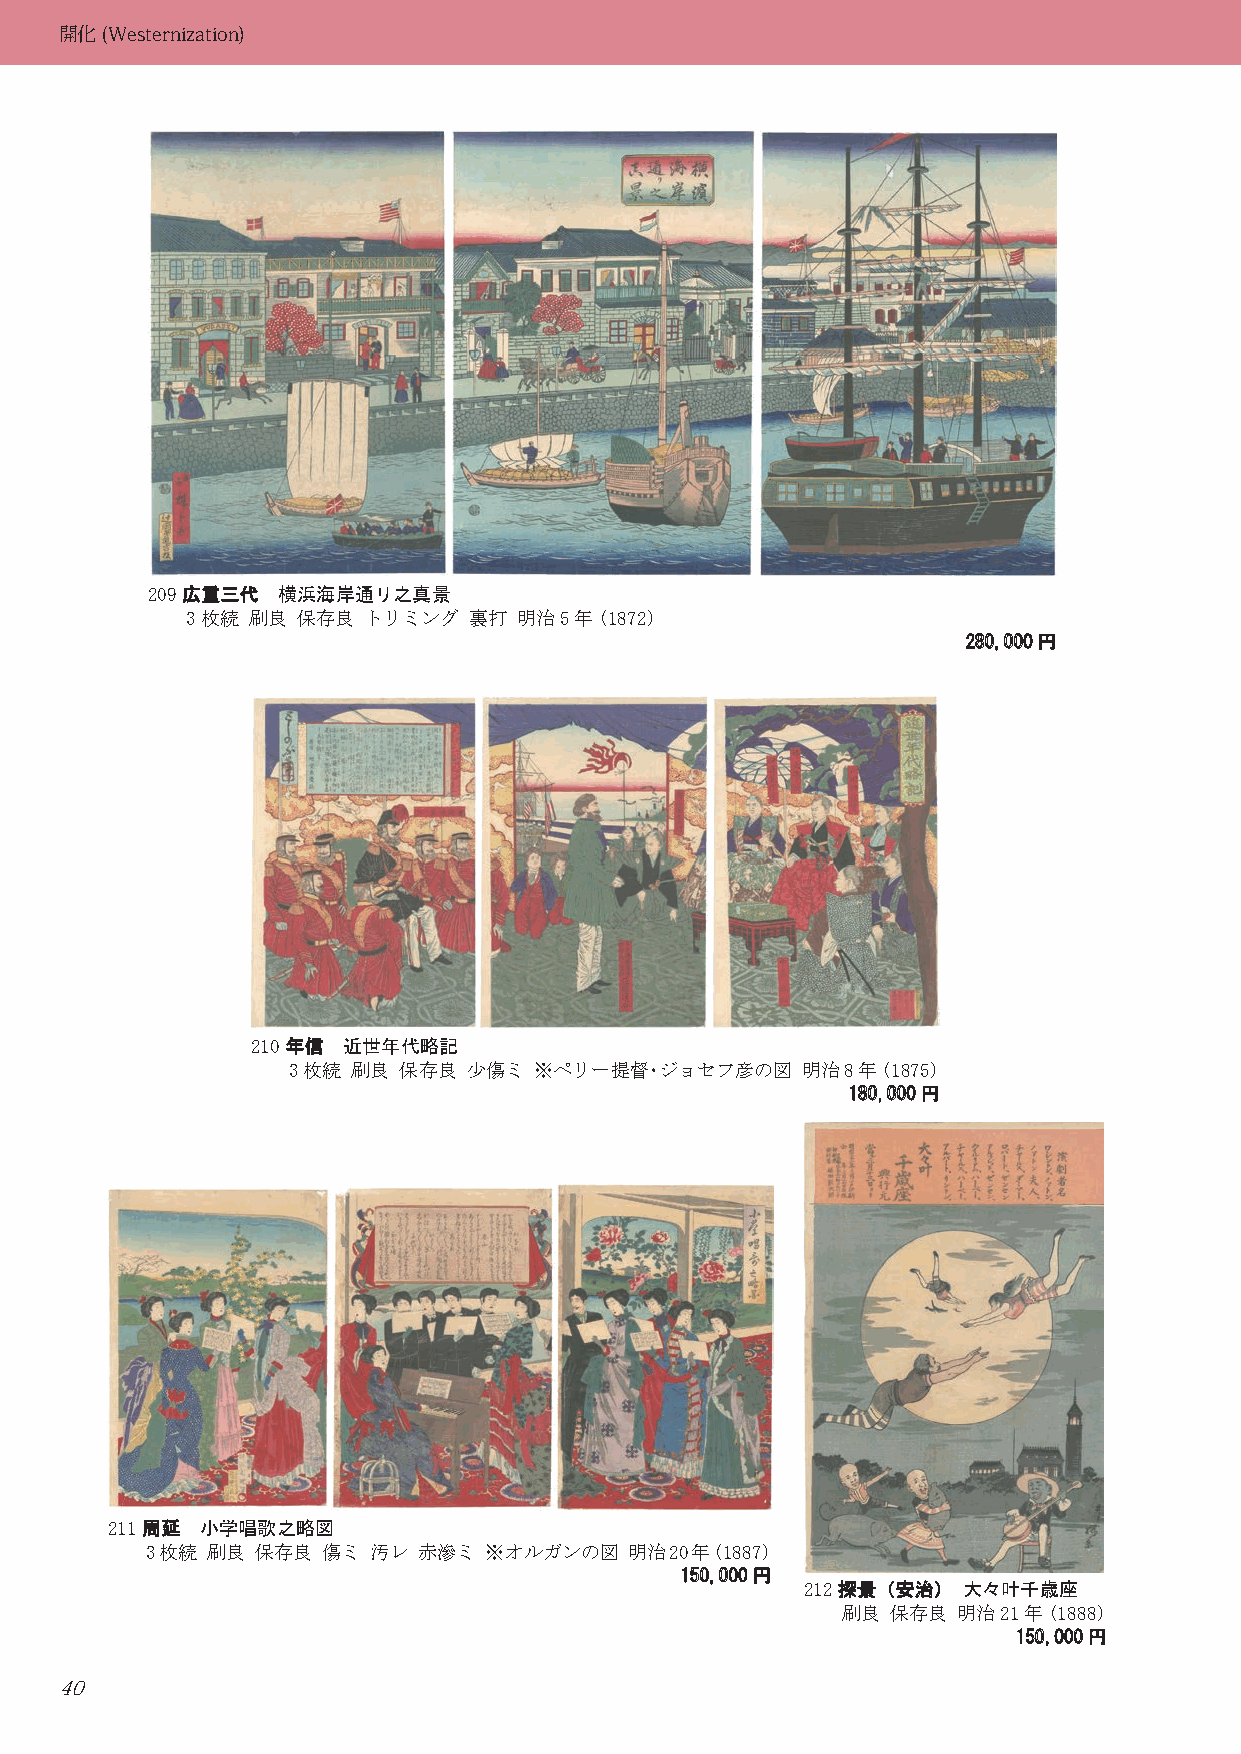
開化(Westernization)
 209 広広重重三三代代 横浜海岸通リ之真景
 3枚続 刷良  保存良 トリミング  裏打 明治5年(1872)
 228800,,000000円円
 210 年年信信 近世年代略記
 3枚続 刷良 保存良  少傷ミ ※ペリー提督・ジョセフ彦の図    明治8年(1875)
 118800,,000000円円
 211 周周延延 小学唱歌之略図
 3枚続 刷良 保存良 傷ミ 汚レ  赤滲ミ ※オルガンの図   明治20年(1887)
 115500,,000000円円
 212 探探景景（（安安治治）） 大々叶千歳座
 刷良 保存良 明治21年(1888)
 115500,,000000円円
 40